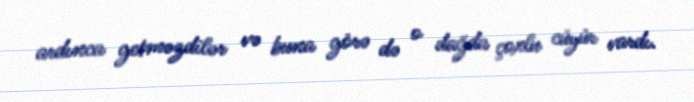
ardınca getməzdilər və buna görə də o dağda çoxlu cüyür vardı.